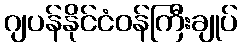
ဂျပန်နိုင်ငံဝန်ကြီးချုပ်